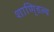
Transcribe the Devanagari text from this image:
शाणि्डल्य